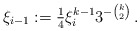
\begin{align*}\xi_{i-1}:=\tfrac{1}{4}\xi_i^{k-1}3^{-\binom{k}{2}}\,.\end{align*}